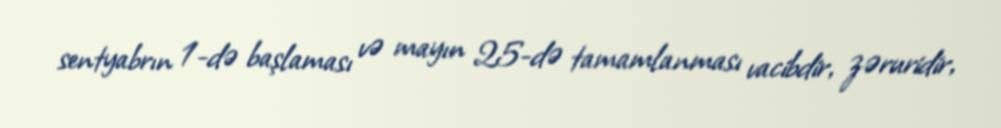
sentyabrın 1-də başlaması və mayın 25-də tamamlanması vacibdir, zəruridir,